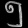
Digit: ၅